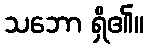
သဘော ရှိ၏။